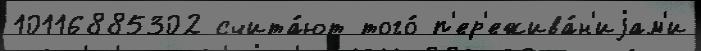
10116885302 счита́ют того́ п'ер'ежива́н'иjам'и